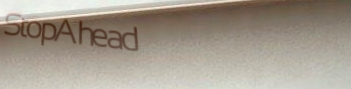
StopAhead